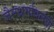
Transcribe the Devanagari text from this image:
जैनधर्मावलंवी